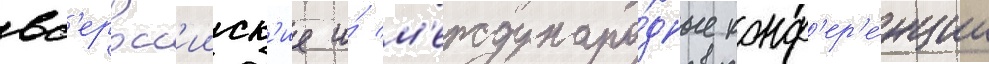
вс'еросс'ииск'ие и́ м'еждунаро́дные конф'ер'е́нции